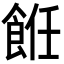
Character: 餁